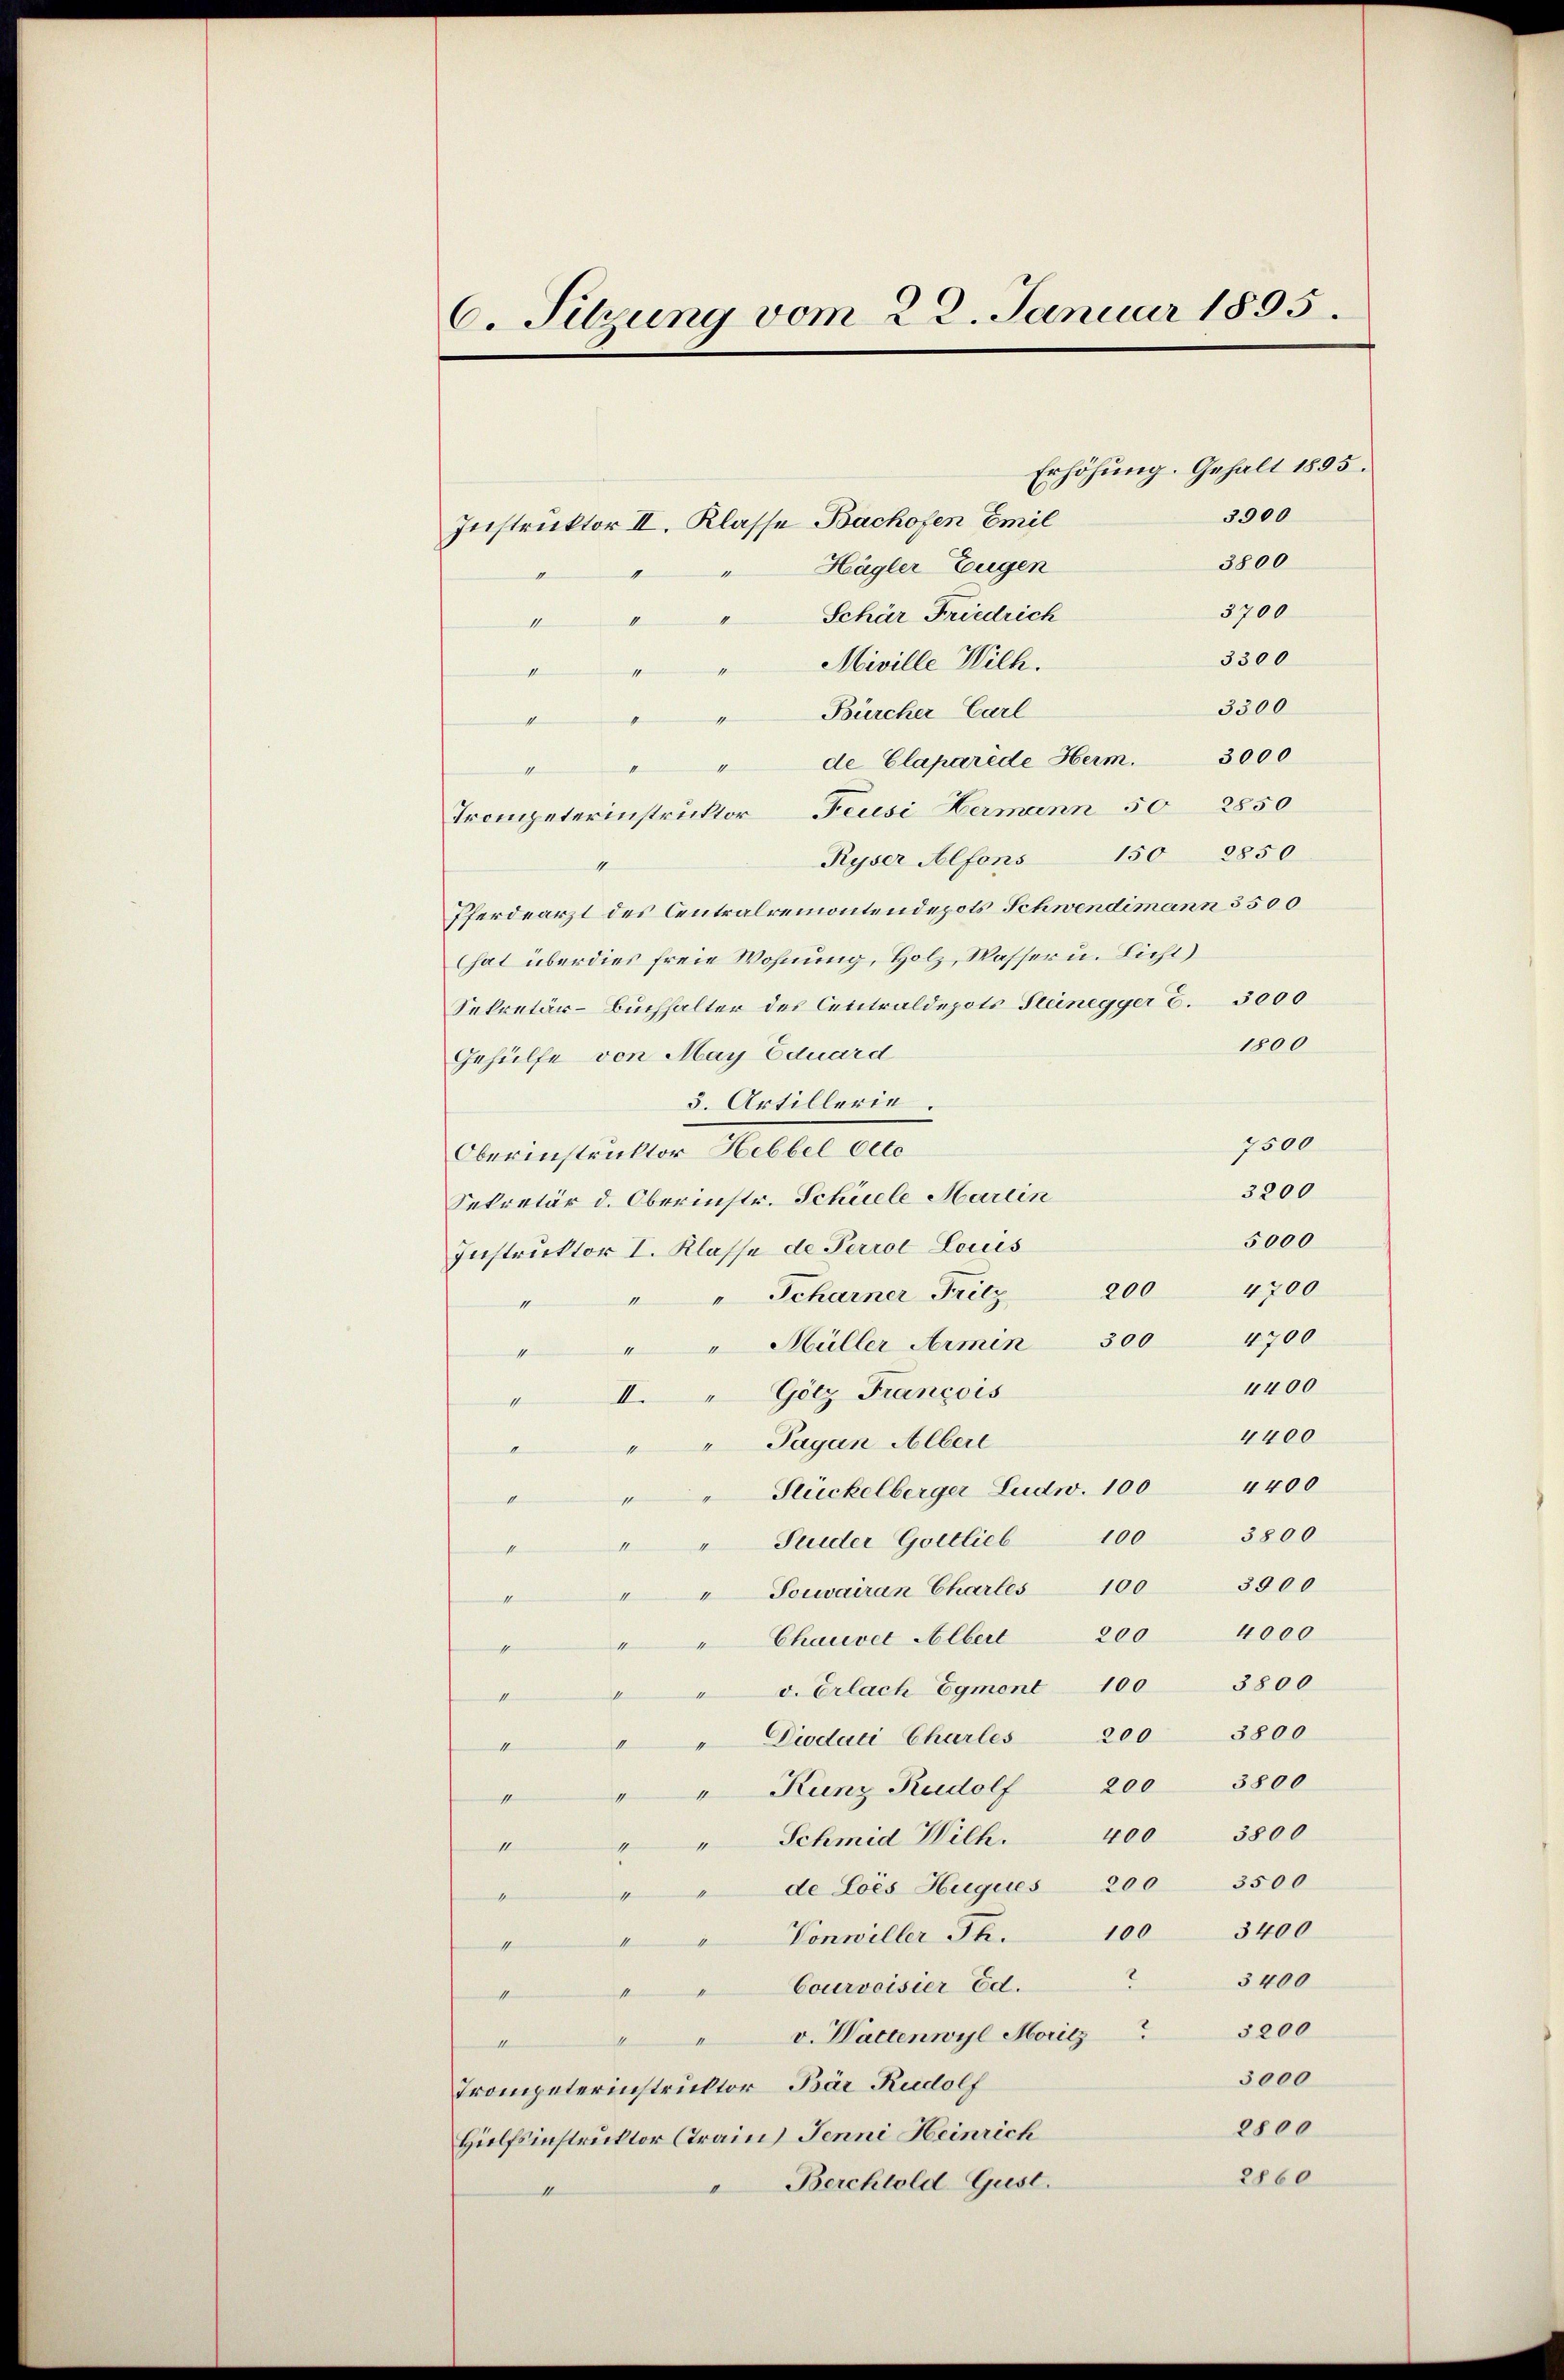
6. Sehrung vom 22. Januar 1895.

Instruktor II. Klasse Bachofen Emil
Hägler Eugen
d
3700
Schär Friedrich
II
3300
Miville Wilh.
1
3300
Bürcher Carl
e
de Claparéde Herm. 3000
h
Trompeterinstruktor Feusi Hermann 50 2850
Ryser Alfons 150 8850
1
Pferdearzt des Centralremontendepots Schwendimann 3500
hat überdies freie Wohnung, Holz, Wasser u. Licht)
Sekretär-Buchhalter des Centraldepots Steinegger 6. 3000
1800
Gehülfe von May Eduard
3. Artillerie.
7500
Oberinstruktor Hebbel Octo
3200
Sekretär d. Oberinstr. Schuele Harlin
5000
Instruktor I. Klasse de Perrol Locus
4700
200
" " Scharner Fritz
4700
""Hüller Armin 300
4
4400
Götz Francois
II.
1
4400
Pagan Alberl
4400
Stückelberger Ludw. 100
3800
Suider Gottlieb 100
" Souvairan Chartes 100 3500
4000
200
Chauvet Albert
v. Erlach Egmont 100 3800
Diodaci Charles 200 3800
1
" Kunz Rudolf 200 3800
11
" Schmid Wilh. 400 3800
1
de Lois Hugues 200 3500
f
3400
100
Vonwiller Th.
sen
3400
""Courvoisier Ed.
slimen
"" v. Waltenwyl Moritz 3200
Semme
5000
Trompeterinstruktor Bär Rudolf
2800
Hülfsinstruktor (Train Jenni Heinrich
2860
"Berchtold Gust.
11

Erhöhung. Gehalt 1895.
3900
3800